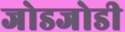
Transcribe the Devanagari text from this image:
जोडजोडी